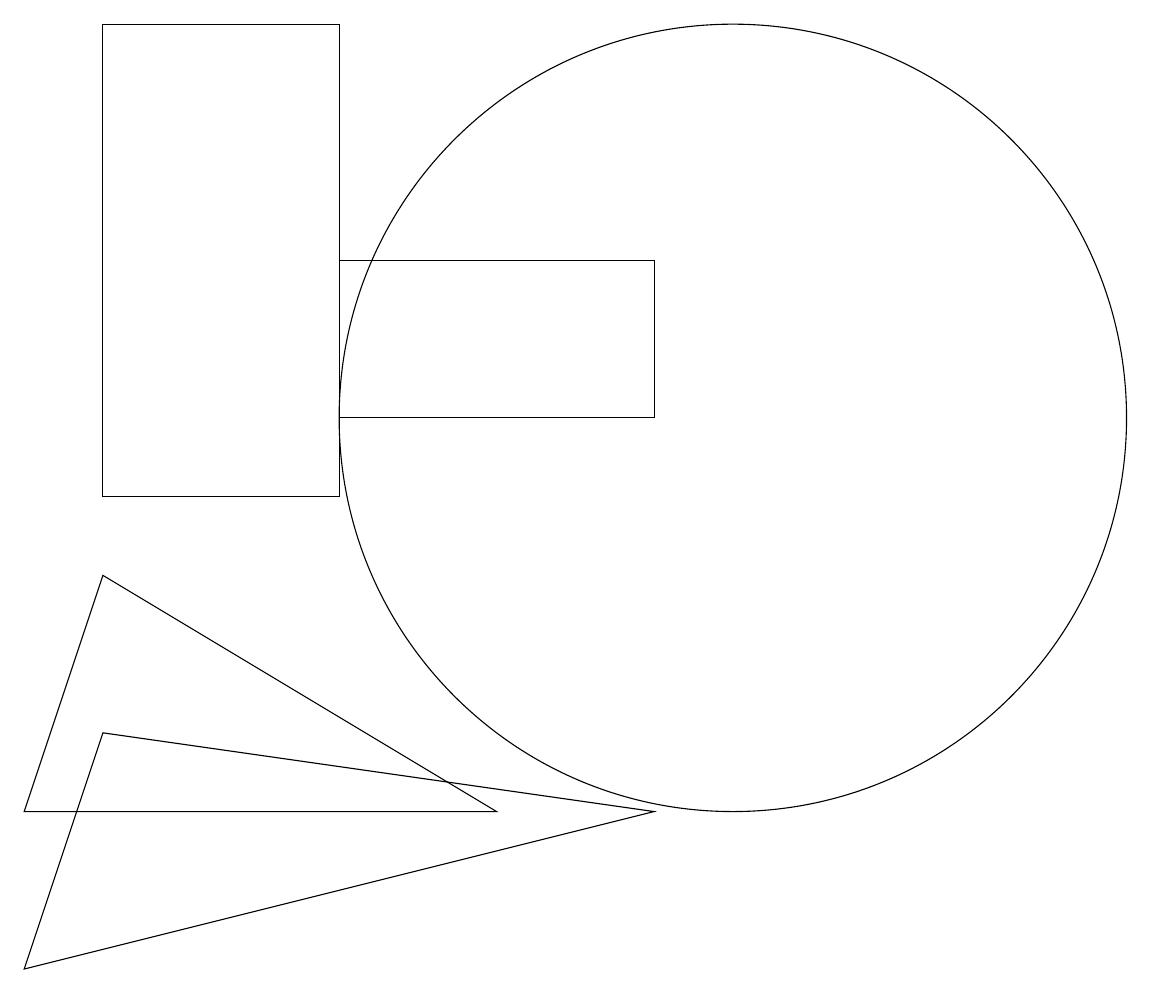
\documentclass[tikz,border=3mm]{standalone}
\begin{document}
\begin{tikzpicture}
\draw (2,7) -- (1,4) -- (9,6) -- cycle;
\draw (9,11) rectangle (5,13);
\draw (5,16) rectangle (2,10);
\draw (10,11) circle (5);
\draw (2,9) -- (7,6) -- (1,6) -- cycle;
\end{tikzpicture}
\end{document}